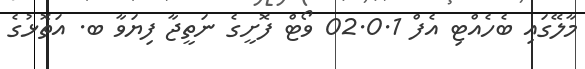
މާލޭގައި ބެހެއްޓި އެފް 02.0.1 ވޯޓް ފޮށީގެ ނަތީޖާ ފިޔަވާ ބ. އަތޮޅުގެ